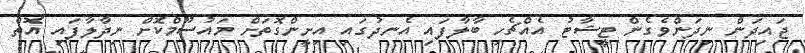
ޖައިދަން ނިދަންވެގެން ޓީޝާޓު އެއްޗެހި ބާލާފައި އެނދުގައި އިށީންގޮތަށް މައުސޫމްކޮށް ނިދާލާފައި އޮތް